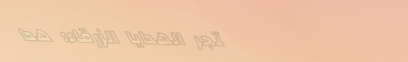
متجر الهدايا الزرقاء: هدا